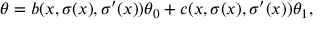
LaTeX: \theta = b ( x , \sigma ( x ) , \sigma ^ { \prime } ( x ) ) \theta _ { 0 } + c ( x , \sigma ( x ) , \sigma ^ { \prime } ( x ) ) \theta _ { 1 } ,